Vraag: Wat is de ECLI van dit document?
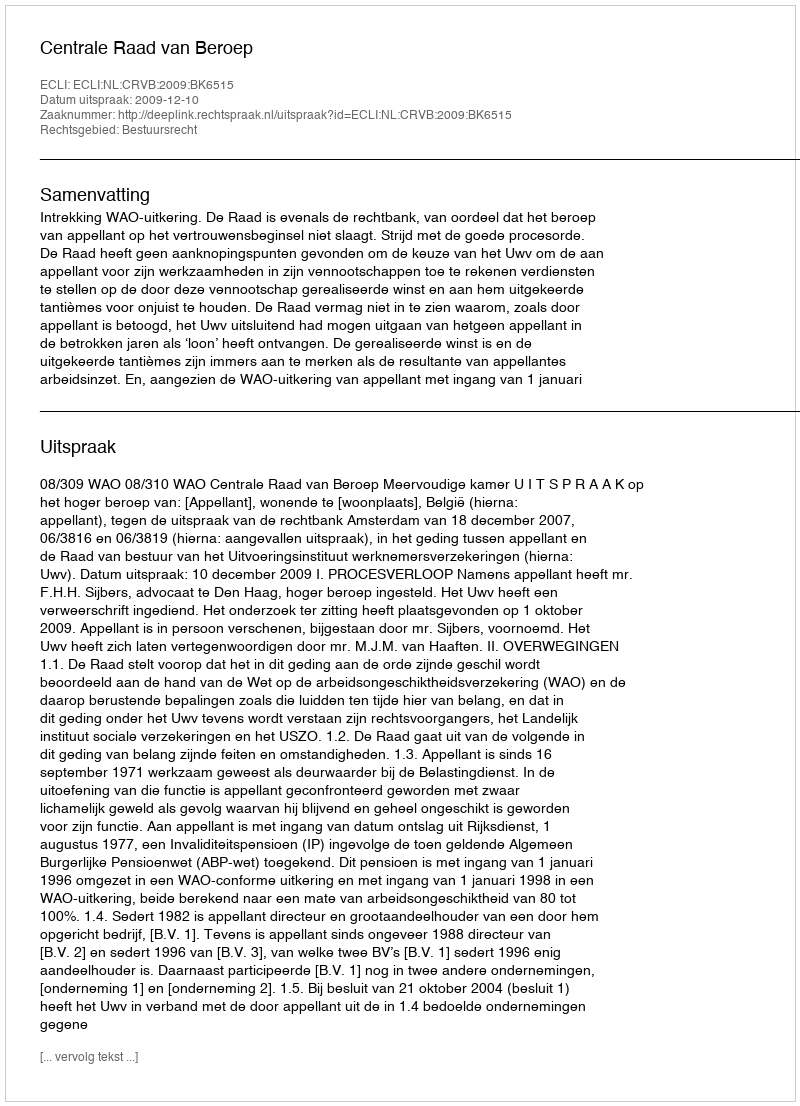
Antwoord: ECLI:NL:CRVB:2009:BK6515